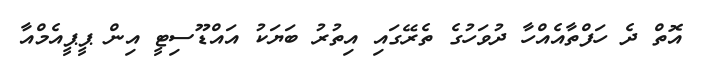
އޮތް ދެ ހަފްތާއެއްހާ ދުވަހުގެ ތެރޭގައި އިތުރު ބަޔަކު އައްޑޫސިޓީ އިން ޕީޕީއެމްއާ